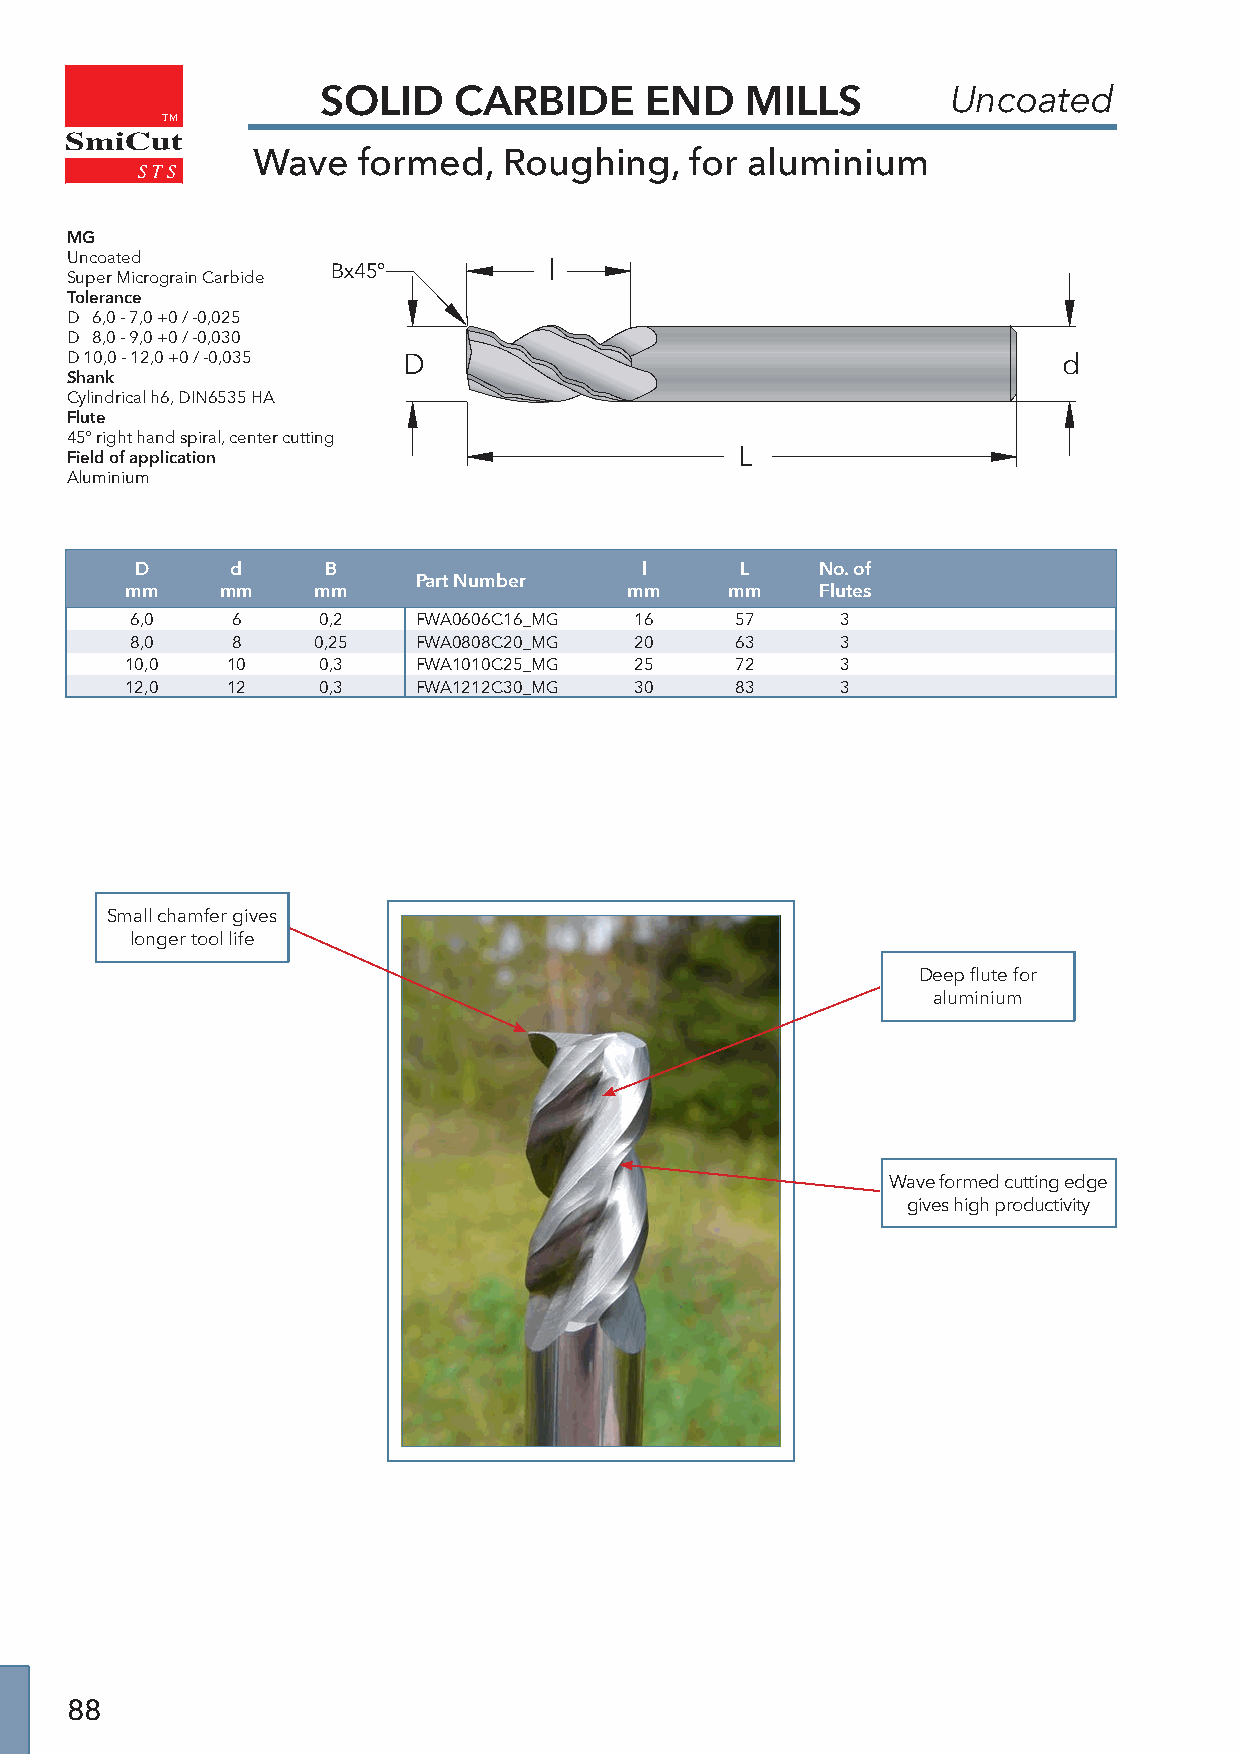
SOLID    CARBIDE      END   MILLS         Uncoated
 TM
 SmiCut
 Wave   formed,  Roughing,    for aluminium
 MG
 Uncoated
 Bx45°         l
 Super Micrograin Carbide
 Tolerance
 D 6,0 - 7,0 +0 / -0,025
 D 8,0 - 9,0 +0 / -0,030
 D 10,0 - 12,0 +0 / -0,035 D                                       d
 Shank
 Cylindrical h6, DIN6535 HA
 Flute
 45° right hand spiral, center cutting
 Field of application                         L
 Aluminium
 D     d     B                    l      L    No. of
 Part Number
 mm     mm    mm                   mm    mm    Flutes
 6,0   6     0,2    FWA0606C16_MG 16     57     3
 8,0   8     0,25   FWA0808C20_MG 20     63     3
 10,0   10    0,3    FWA1010C25_MG 25     72     3
 12,0   12    0,3    FWA1212C30_MG 30     83     3
 Small chamfer gives
 longer tool life
 Deep flute for
 aluminium
 Wave formed cutting edge
 gives high productivity
 88